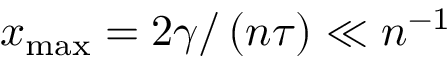
x _ { \mathrm { m a x } } = 2 \gamma / \left( n \tau \right) \ll n ^ { - 1 }